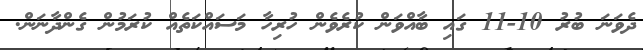
ދެވަނަ ބުރު 10-11 ގައި ބާއްވަން ކުރެވެން ހުރިހާ މަސައްކަތެއް ކުރަމުން ގެންދާނަން.